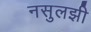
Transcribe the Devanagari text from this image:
नसुलझी